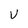
Character: v